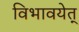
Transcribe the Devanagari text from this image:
विभावयेत्